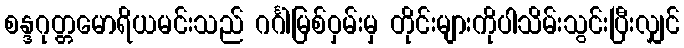
စန္ဒဂုတ္တမောရိယမင်းသည် ဂင်္ဂါမြစ်ဝှမ်းမှ တိုင်းများကိုပါသိမ်းသွင်းပြီးလျှင်